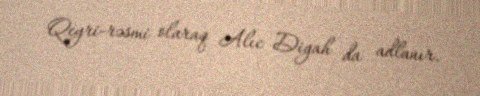
Qeyri-rəsmi olaraq Alıc Digah da adlanır.